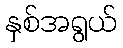
နှစ်အရွယ်